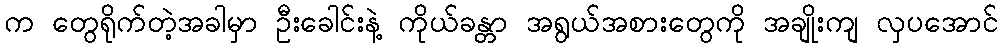
က တွေရိုက်တဲ့အခါမှာ ဦးခေါင်းနဲ့ ကိုယ်ခန္တာ အရွယ်အစားတွေကို အချိုးကျ လှပအောင်